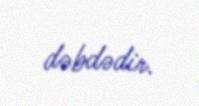
dəbdədir.